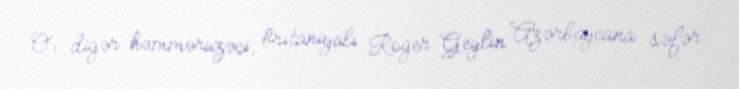
O, digər həmməruzəçi, britaniyalı Roger Geylin Azərbaycana səfər